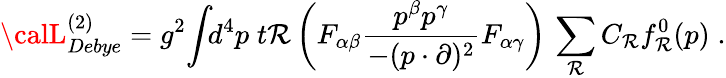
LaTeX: {\calL}_{Debye}^{(2)}=g^{2}\! \int\! \! d^{4}p\; t\mathcal{R}\left(F_{\alpha\beta}\frac{{p^{\beta}p^{\gamma}}}{{-(p\cdot\partial)^{2}}}F_{\alpha\gamma}\right)\, \sum_{\mathcal{R}}C_{\mathcal{R}}f_{\mathcal{R}}^{0}(p)\; .